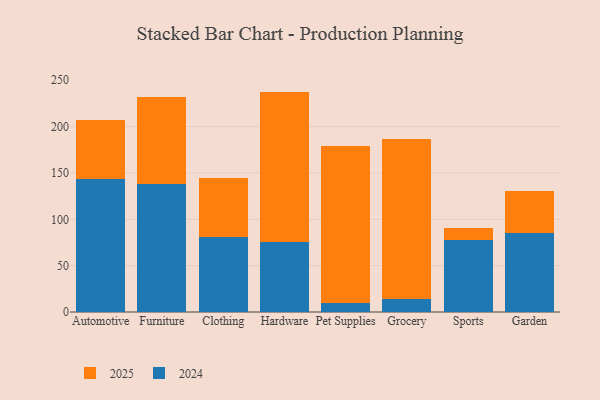
{"axis": {"x": "Category", "y": "LTV (USD)"}, "legend": ["2024", "2025"], "data": [{"x": "Automotive", "y": 63.2, "type": "2025"}, {"x": "Automotive", "y": 143.8, "type": "2024"}, {"x": "Furniture", "y": 93.5, "type": "2025"}, {"x": "Furniture", "y": 138.4, "type": "2024"}, {"x": "Clothing", "y": 63.7, "type": "2025"}, {"x": "Clothing", "y": 81.2, "type": "2024"}, {"x": "Hardware", "y": 162.8, "type": "2025"}, {"x": "Hardware", "y": 75.0, "type": "2024"}, {"x": "Pet Supplies", "y": 169.0, "type": "2025"}, {"x": "Pet Supplies", "y": 10.0, "type": "2024"}, {"x": "Grocery", "y": 172.8, "type": "2025"}, {"x": "Grocery", "y": 13.8, "type": "2024"}, {"x": "Sports", "y": 12.8, "type": "2025"}, {"x": "Sports", "y": 77.4, "type": "2024"}, {"x": "Garden", "y": 45.5, "type": "2025"}, {"x": "Garden", "y": 85.3, "type": "2024"}]}